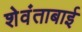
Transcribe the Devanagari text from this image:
शेवंताबाई